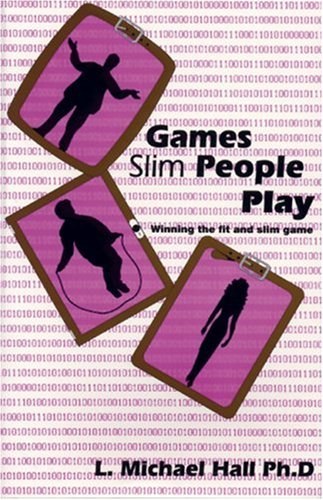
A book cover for Games Slim & Fit People Play: Winning the Fit and Slim Game; L. Michael Hall; Self-Help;